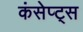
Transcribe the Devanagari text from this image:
कंसेप्ट्स